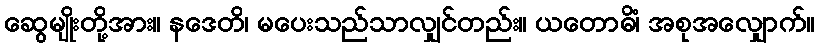
ဆွေမျိုးတို့အား။ နဒေတိ၊ မပေးသည်သာလျှင်တည်း။ ယတောဓိံ၊ အစုအလျှောက်။